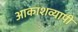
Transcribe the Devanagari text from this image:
आकाशव्यापी